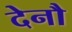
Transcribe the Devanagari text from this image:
देनौ